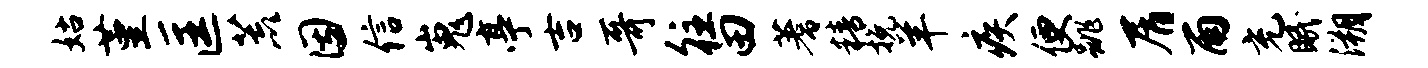
姑堇匡荒因信嵬亭吉哥往田蓍精挽羊疾便跳屑雨充眠溯